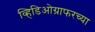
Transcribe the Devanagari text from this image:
व्हिडिओग्राफरच्या